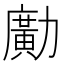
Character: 𠢹